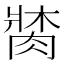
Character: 𦝍